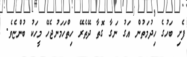
ފެށި ބަހުގެ ހިދުމަތުން އަގު ނަގާ ގޮތާ ދޭތެރޭ ހިތްހަމަނުޖެހޭ މީހަކު ބުންޏެވެ.